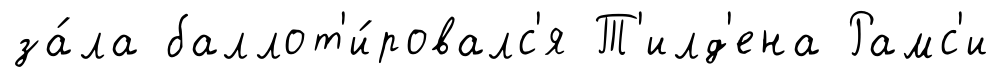
за́ла баллот'и́ровалс'я Т'илд'ена Рамс'и